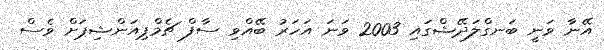
އޭނާ ވަނީ ބަނގްލަދޭޝްގައި 2003 ވަނަ އަހަރު ބޭއްވި ސާފް ޗެމްޕިއަންޝިޕަށް ވެސް